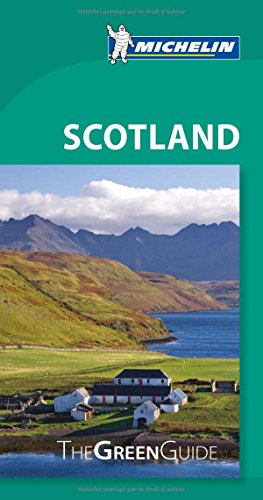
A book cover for Michelin Green Guide Scotland (Green Guide/Michelin); Michelin Travel & Lifestyle; Travel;